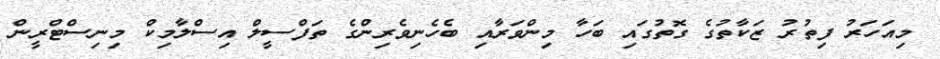
މިއަހަރު ފިތުރު ޒަކާތުގެ ގޮތުގައި ބަހާ މިންވަރާއި ބެހެނިވެރިންގެ ތަފްސީލް އިސްލާމިކް މިނިސްޓްރީން